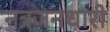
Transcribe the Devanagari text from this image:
नत्रजनधारी